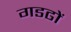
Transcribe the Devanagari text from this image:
गडढों